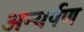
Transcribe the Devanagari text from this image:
अन्यर्पण